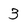
Character: 3